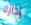
إجازة